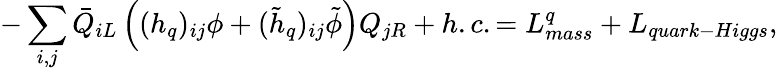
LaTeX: -\sum_{i,j}\bar{Q}_{iL}\left((h_{q})_{ij}\phi+(\tilde{h}_{q})_{ij}\tilde{\phi}\right)Q_{jR}+h.c.=L_{mass}^{q}+L_{quark-Higgs},